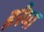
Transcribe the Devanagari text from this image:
हरैया